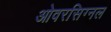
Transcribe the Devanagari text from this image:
ओवरसिग्नल